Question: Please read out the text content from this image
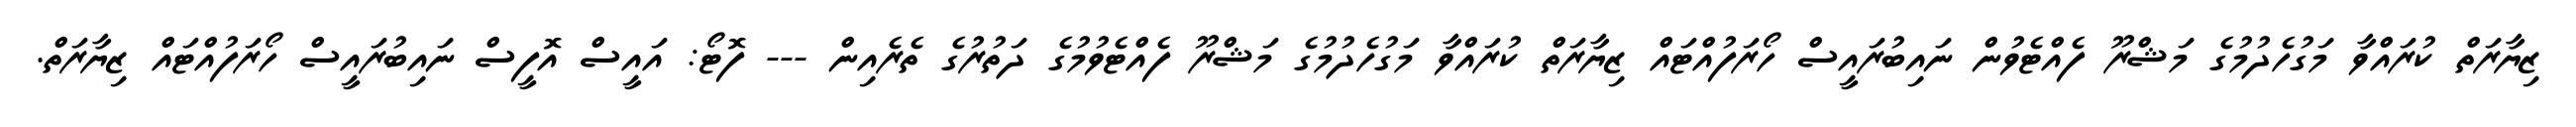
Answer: ޒިޔާރަތް ކުރައްވާ މަގުހެދުމުގެ މަޝްރޫ ފެއްޓެވުން ނައިބުރައީސް ހޯރަފުއްޓައް ޒިޔާރަތް ކުރައްވާ މަގުހެދުމުގެ މަޝްރޫ ފެއްޓެވުމުގެ ދަތުރުގެ ތެރެއިން --- ފޮޓޯ: އައީސް އޮފީސް ނައިބުރައީސް ހޯރަފުއްޓައް ޒިޔާރަތް.